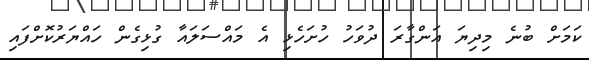
ކަމަށް ބުނެ މިދިޔަ އަންގާރަ ދުވަހު ހުށަހެޅި އެ މައްސަލައާ ގުޅިގެން ހައްޔަރުކޮށްފައި